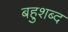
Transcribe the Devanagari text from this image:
बहुशब्द